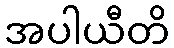
အပါယီတိ